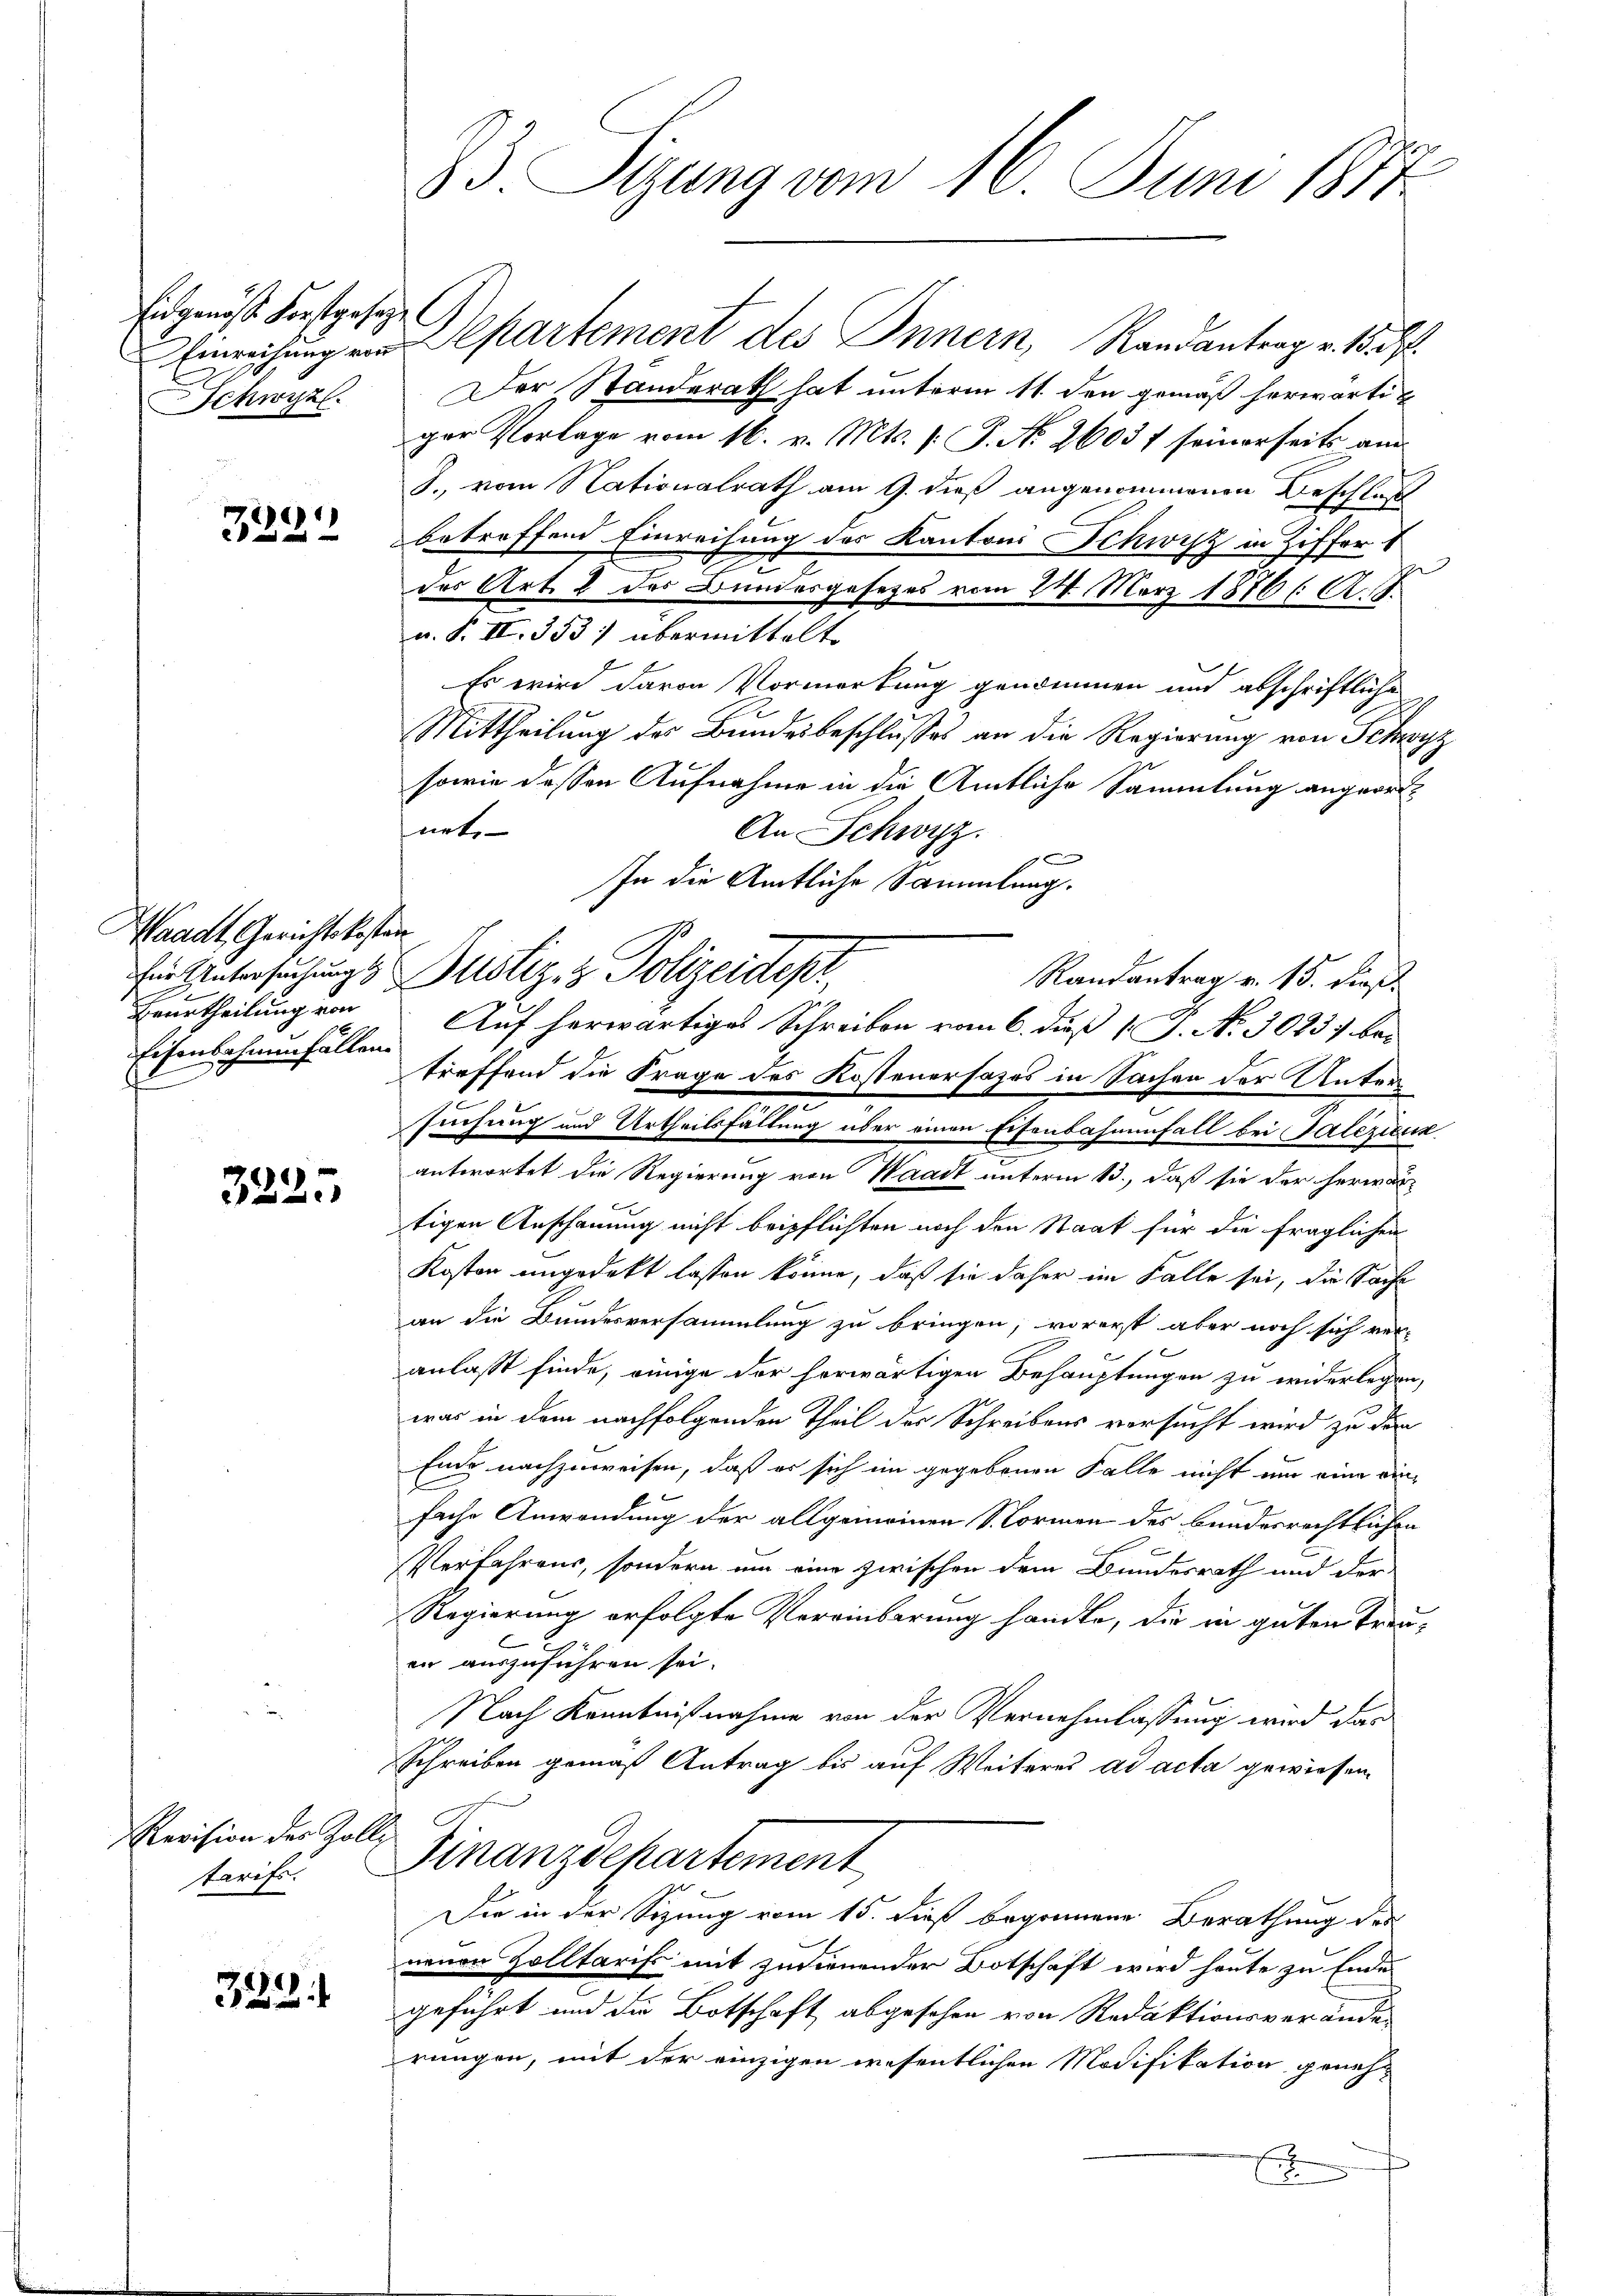
Eidgenösse Forstgesetzt
Schwyz.

7222

Waadt, Gerichtskosten
Beurtheilung von
Eisenbahnenfällen.

3225

Revision des Koll
tarifs.

388.

83. Stzung vom 16. Juni 1871

Einrichung und partement des Innern, Randantrag v. 15. d.
Der Standerath hat unterm 11. den gemäß herwärtiger Vorlage vom 16. v. Mts. [: P. Nr. 2603 f seinerseits am
J., vom Nationalrath am 9. dieß angenommenen Beschluß
betreffend Einreihung des Kantons Schwisz in Ziffer 1
n
3
des Art. 2 des Bundesgesetzes vom 24. März 1876 ( A.S.
u. F. II. 333) übermittelt
Es wird davon Vormerkung genommen und abschriftliche
Mittheilung des Bundesbeschlusses an die Regierung von Schwyz
sowie dessen Aufnahme in die Amtliche Sammlung angeordnet.
An Schwyz.
In die Amtliche Sammlung.
für Intersuchungs Justiz & Polizeidepr
Auf herwärtiges Schreiben vom 6. dieß J. No 30837 bei
treffend die Frage des Kostenersazes in Sachen der Untersuchung und Urtheilsfällung über einen Eisenbahnenfall bei Salezicuk
antwortet die Regierung von Waadt unterm 13., daß sie der herwar-
tigen Anschauung nicht beipflichten noch den Staat für die fraglichen
Kosten ungedekt lassen könne, daß sie daher im Falle sei, die Sache
an die Bundesversammlung zu bringen; vorerst aber noch sich ver-
f
anlaßt finde, einige der herwärtigen Behauptungen zu widerlegen,
was in dem nachfolgenden Theil des Schreibens versucht wird zu der
Ende nachzuweisen, daß er sich im gegebenen Falle nicht um eine einl
f
fache Anwendung der allgemeinen S. Formen des bundesrechtlichen
Verfahrens, sondern um eine zwischen dem Bundesrath und der
Regierung erfolgte Vereinbarung handte, die in guten treu-
en auszuführen sei.
Nach Kenntnißnahme von der Vernehmlassung wird das
Schreiben gemäß Antrag bis auf Weiteres ad acta gewiesen.
 Finanzdepartement
Sie in der Sizung vom 15. dieß begonnene Berathung des
neuen Zolltarift mit zudienender Botschaft wird heute zu Ende
geführt und die Botschaft abgesehen von Redaktionsveränder
rungen, mit der einzigen wesentlichen Modifikation geneh-
E

Randantrag v. 15. dieß.